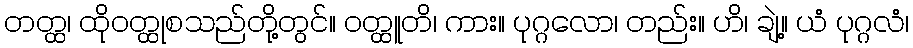
တတ္ထ၊ ထိုဝတ္ထုစသည်တို့တွင်။ ဝတ္ထူတိ၊ ကား။ ပုဂ္ဂလော၊ တည်း။ ဟိ၊ ချဲ့။ ယံ ပုဂ္ဂလံ၊